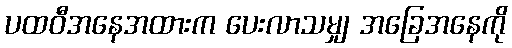
ပထဝီအနေအထားက ပေးလာသမျှ အခြေအနေကို